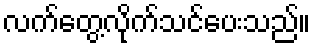
လက်တွေ့လိုက်သင်ပေးသည်။